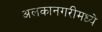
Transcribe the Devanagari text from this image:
अलकानगरीमध्ये